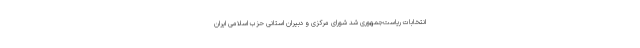
انتخابات ریاست‌جمهوری شد شورای مرکزی و دبیران استانی حزب اسلامی ایران